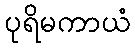
ပုရိမကာယံ